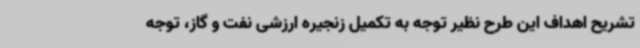
تشریح اهداف این طرح نظیر توجه به تکمیل زنجیره ارزشی نفت و گاز، توجه